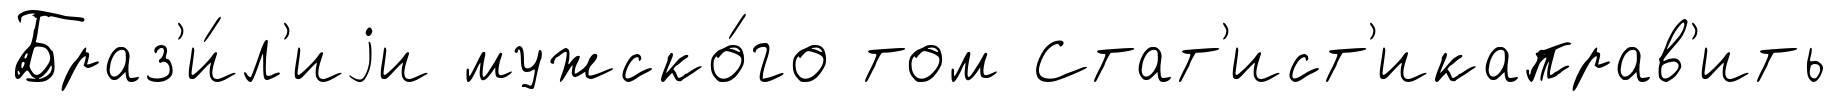
Браз'и́л'иjи мужско́го том Стат'ист'икаправ'ить